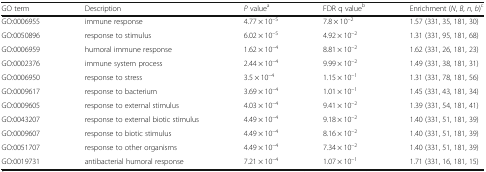
<table><thead><tr><td><b>GO term</b></td><td><b>Description</b></td><td><b><i>P</i> value<sup>a</sup></b></td><td><b>FDR q value<sup>b</sup></b></td><td><b>Enrichment (<i>N</i>, <i>B</i>, <i>n</i>, <i>b</i>)<sup>c</sup></b></td></tr></thead><tbody><tr><td>GO:0006955</td><td>immune response</td><td>4.77 × 10<sup>–5</sup></td><td>7.8 × 10<sup>–2</sup></td><td>1.57 (331, 35, 181, 30)</td></tr><tr><td>GO:0050896</td><td>response to stimulus</td><td>6.02 × 10<sup>–5</sup></td><td>4.92 × 10<sup>–2</sup></td><td>1.31 (331, 95, 181, 68)</td></tr><tr><td>GO:0006959</td><td>humoral immune response</td><td>1.62 × 10<sup>–4</sup></td><td>8.81 × 10<sup>–2</sup></td><td>1.62 (331, 26, 181, 23)</td></tr><tr><td>GO:0002376</td><td>immune system process</td><td>2.44 × 10<sup>–4</sup></td><td>9.99 × 10<sup>–2</sup></td><td>1.49 (331, 38, 181, 31)</td></tr><tr><td>GO:0006950</td><td>response to stress</td><td>3.5 × 10<sup>–4</sup></td><td>1.15 × 10<sup>–1</sup></td><td>1.31 (331, 78, 181, 56)</td></tr><tr><td>GO:0009617</td><td>response to bacterium</td><td>3.69 × 10<sup>–4</sup></td><td>1.01 × 10<sup>–1</sup></td><td>1.45 (331, 43, 181, 34)</td></tr><tr><td>GO:0009605</td><td>response to external stimulus</td><td>4.03 × 10<sup>–4</sup></td><td>9.41 × 10<sup>–2</sup></td><td>1.39 (331, 54, 181, 41)</td></tr><tr><td>GO:0043207</td><td>response to external biotic stimulus</td><td>4.49 × 10<sup>–4</sup></td><td>9.18 × 10<sup>–2</sup></td><td>1.40 (331, 51, 181, 39)</td></tr><tr><td>GO:0009607</td><td>response to biotic stimulus</td><td>4.49 × 10<sup>–4</sup></td><td>8.16 × 10<sup>–2</sup></td><td>1.40 (331, 51, 181, 39)</td></tr><tr><td>GO:0051707</td><td>response to other organisms</td><td>4.49 × 10<sup>–4</sup></td><td>7.34 × 10<sup>–2</sup></td><td>1.40 (331, 51, 181, 39)</td></tr><tr><td>GO:0019731</td><td>antibacterial humoral response</td><td>7.21 × 10<sup>–4</sup></td><td>1.07 × 10<sup>–1</sup></td><td>1.71 (331, 16, 181, 15)</td></tr></tbody></table>